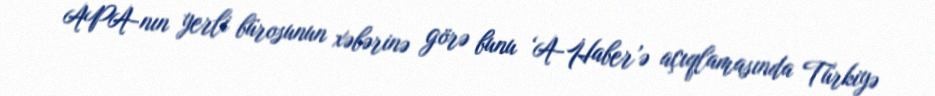
APA-nın yerli bürosunun xəbərinə görə bunu ‘A-Haber’ə açıqlamasında Türkiyə